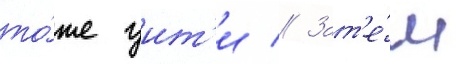
то́же уит'и // Зат'е́м